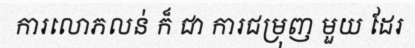
ការលោភលន់ ក៏ ជា ការជម្រុញ មួយ ដែរ